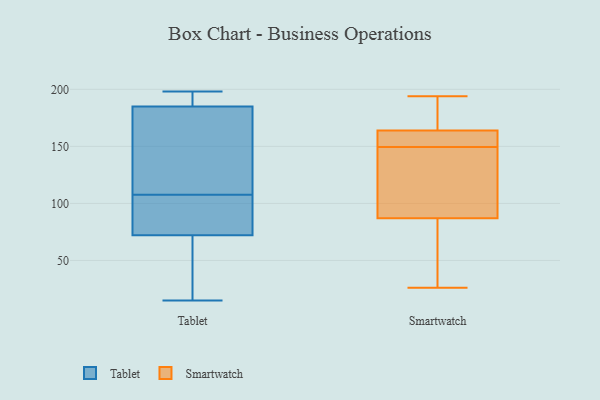
{"axis": {"x": "Market Share (%)", "y": "Value"}, "legend": ["Smartwatch", "Tablet"], "data": [{"x": "", "y": 194, "type": "Tablet"}, {"x": "", "y": 24, "type": "Tablet"}, {"x": "", "y": 31, "type": "Tablet"}, {"x": "", "y": 133, "type": "Tablet"}, {"x": "", "y": 91, "type": "Tablet"}, {"x": "", "y": 89, "type": "Tablet"}, {"x": "", "y": 139, "type": "Tablet"}, {"x": "", "y": 15, "type": "Tablet"}, {"x": "", "y": 186, "type": "Tablet"}, {"x": "", "y": 194, "type": "Tablet"}, {"x": "", "y": 84, "type": "Tablet"}, {"x": "", "y": 188, "type": "Tablet"}, {"x": "", "y": 87, "type": "Tablet"}, {"x": "", "y": 184, "type": "Tablet"}, {"x": "", "y": 60, "type": "Tablet"}, {"x": "", "y": 175, "type": "Tablet"}, {"x": "", "y": 88, "type": "Tablet"}, {"x": "", "y": 198, "type": "Tablet"}, {"x": "", "y": 124, "type": "Tablet"}, {"x": "", "y": 35, "type": "Tablet"}, {"x": "", "y": 154, "type": "Smartwatch"}, {"x": "", "y": 111, "type": "Smartwatch"}, {"x": "", "y": 194, "type": "Smartwatch"}, {"x": "", "y": 164, "type": "Smartwatch"}, {"x": "", "y": 192, "type": "Smartwatch"}, {"x": "", "y": 149, "type": "Smartwatch"}, {"x": "", "y": 95, "type": "Smartwatch"}, {"x": "", "y": 79, "type": "Smartwatch"}, {"x": "", "y": 151, "type": "Smartwatch"}, {"x": "", "y": 70, "type": "Smartwatch"}, {"x": "", "y": 150, "type": "Smartwatch"}, {"x": "", "y": 171, "type": "Smartwatch"}, {"x": "", "y": 108, "type": "Smartwatch"}, {"x": "", "y": 157, "type": "Smartwatch"}, {"x": "", "y": 59, "type": "Smartwatch"}, {"x": "", "y": 26, "type": "Smartwatch"}, {"x": "", "y": 193, "type": "Smartwatch"}, {"x": "", "y": 87, "type": "Smartwatch"}]}